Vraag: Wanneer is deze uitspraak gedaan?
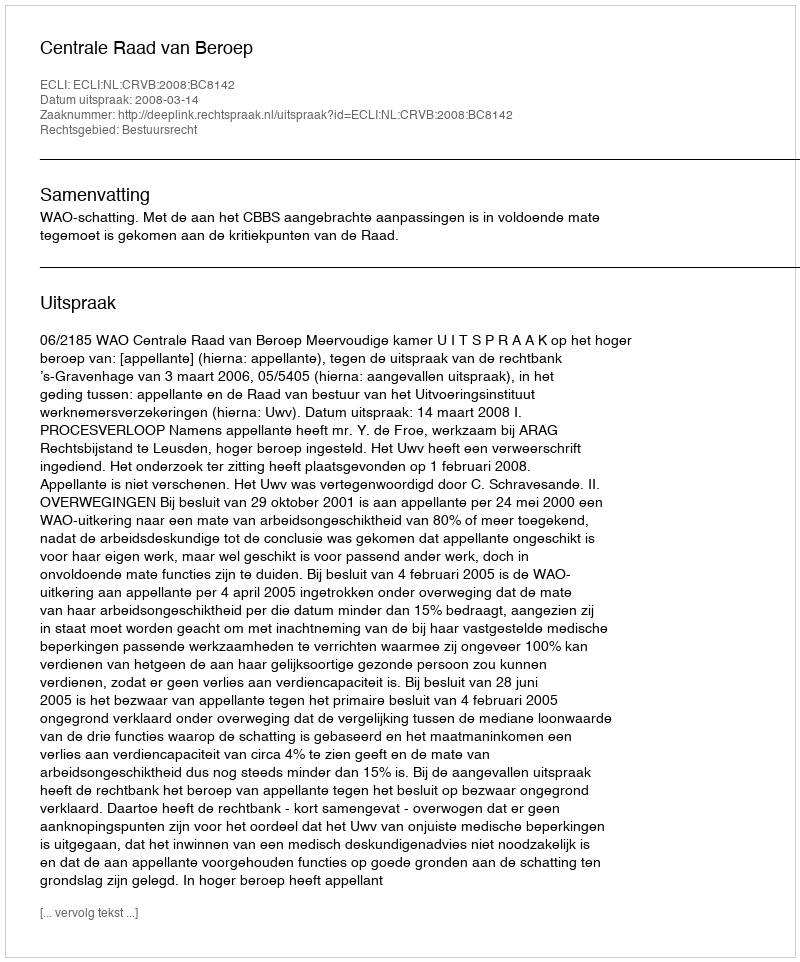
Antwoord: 2008-03-14